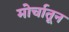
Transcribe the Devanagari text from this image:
मोर्चातून